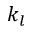
k _ { l }